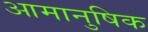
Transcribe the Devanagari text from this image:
आमानुषिक